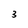
Character: 3